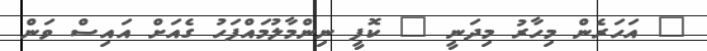
" އަހަރެން މިހާރު މިދަނީ " ކޮފީ ނިންމާލުމައްފަހު ގެއަށް އައިސް ވަން